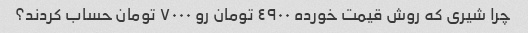
چرا شیری که روش قیمت خورده ٤٩٠٠ تومان رو ٧٠٠٠ تومان حساب کردند؟